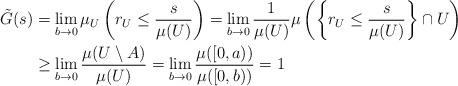
LaTeX: \begin{align*}\tilde G(s)&=\lim_{b\to0} \mu_U\left(r_U \leq \frac s{\mu(U)}\right)=\lim_{b\to0} \frac1{\mu(U)}\mu\left(\left\{r_U \leq \frac s{\mu(U)}\right\}\cap U\right)\\&\geq \lim_{b\to0} \frac {\mu(U\setminus A)}{\mu(U)}=\lim_{b\to0} \frac{\mu([0,a))}{\mu([0,b))}=1\end{align*}